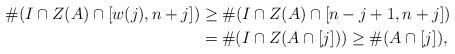
LaTeX: \begin{align*} \#(I \cap Z(A) \cap [w(j), n+j]) &\geq \#(I \cap Z(A) \cap [n-j+1, n+j])\\ &= \#(I \cap Z(A \cap [j])) \geq \#(A \cap [j]),\end{align*}